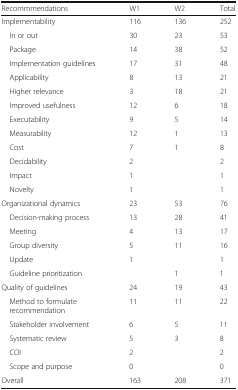
| Recommmendations | W1 | W2 | Total |
 | --- | --- | --- | --- |
 | Implementability | 116 | 136 | 252 |
 | In or out | 30 | 23 | 53 |
 | Package | 14 | 38 | 52 |
 | Implementation guidelines | 17 | 31 | 48 |
 | Applicability | 8 | 13 | 21 |
 | Higher relevance | 3 | 18 | 21 |
 | Improved usefulness | 12 | 6 | 18 |
 | Executability | 9 | 5 | 14 |
 | Measurability | 12 | 1 | 13 |
 | Cost | 7 | 1 | 8 |
 | Decidability | 2 |  | 2 |
 | Impact | 1 |  | 1 |
 | Novelty | 1 |  | 1 |
 | Organizational dynamics | 23 | 53 | 76 |
 | Decision-making process | 13 | 28 | 41 |
 | Meeting | 4 | 13 | 17 |
 | Group diversity | 5 | 11 | 16 |
 | Update | 1 |  | 1 |
 | Guideline prioritization |  | 1 | 1 |
 | Quality of guidelines | 24 | 19 | 43 |
 | Method to formulate recommendation | 11 | 11 | 22 |
 | Stakeholder involvement | 6 | 5 | 11 |
 | Systematic review | 5 | 3 | 8 |
 | COI | 2 |  | 2 |
 | Scope and purpose | 0 |  | 0 |
 | Overall | 163 | 208 | 371 |